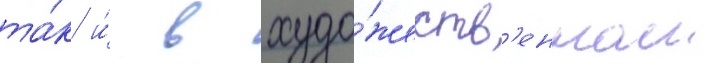
та́к и́ в худо́жеств'енном